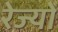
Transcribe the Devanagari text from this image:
रेज्यों